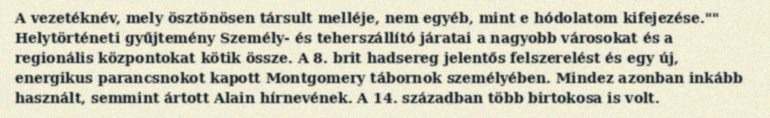
A vezetéknév, mely ösztönösen társult melléje, nem egyéb, mint e hódolatom kifejezése."" Helytörténeti gyűjtemény Személy- és teherszállító járatai a nagyobb városokat és a regionális központokat kötik össze. A 8. brit hadsereg jelentős felszerelést és egy új, energikus parancsnokot kapott Montgomery tábornok személyében. Mindez azonban inkább használt, semmint ártott Alain hírnevének. A 14. században több birtokosa is volt.